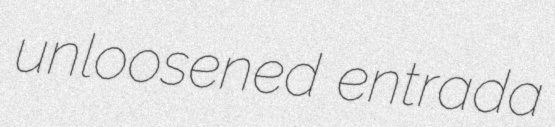
unloosened entrada